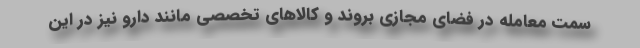
سمت معامله در فضای مجازی بروند و کالاهای تخصصی مانند دارو نیز در این